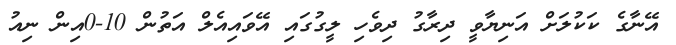
އޭނާގެ ކަކުލަށް އަނިޔާވީ ދިރާގު ދިވެހި ލީގުގައި އޭވައިއެލް އަތުން 10-0އިން ނިއު